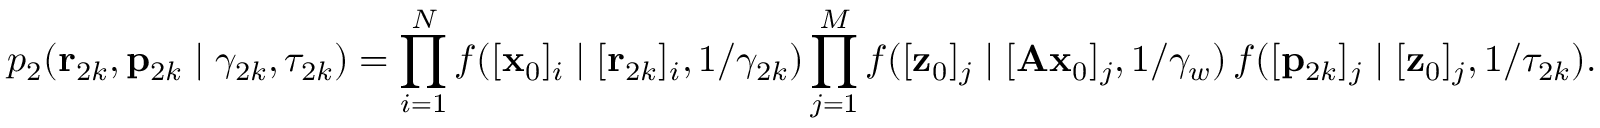
p _ { 2 } ( \mathbf { r } _ { 2 k } , \mathbf { p } _ { 2 k } \mid \gamma _ { 2 k } , \tau _ { 2 k } ) = \prod _ { i = 1 } ^ { N } f ( [ \mathbf { x } _ { 0 } ] _ { i } \mid [ \mathbf { r } _ { 2 k } ] _ { i } , 1 / \gamma _ { 2 k } ) \prod _ { j = 1 } ^ { M } f ( [ \mathbf { z } _ { 0 } ] _ { j } \mid [ \mathbf { A } \mathbf { x } _ { 0 } ] _ { j } , 1 / \gamma _ { w } ) \, f ( [ \mathbf { p } _ { 2 k } ] _ { j } \mid [ \mathbf { z } _ { 0 } ] _ { j } , 1 / \tau _ { 2 k } ) .